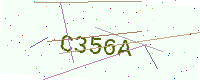
Text: C356A